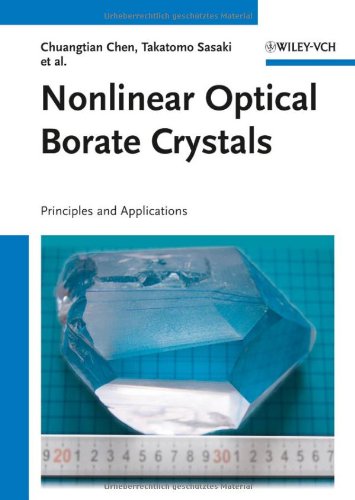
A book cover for Nonlinear Optical Borate Crystals: Principals and Applications; Chuangtian Chen; Science & Math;